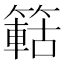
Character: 䉐